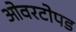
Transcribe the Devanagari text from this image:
ओवरटोपड